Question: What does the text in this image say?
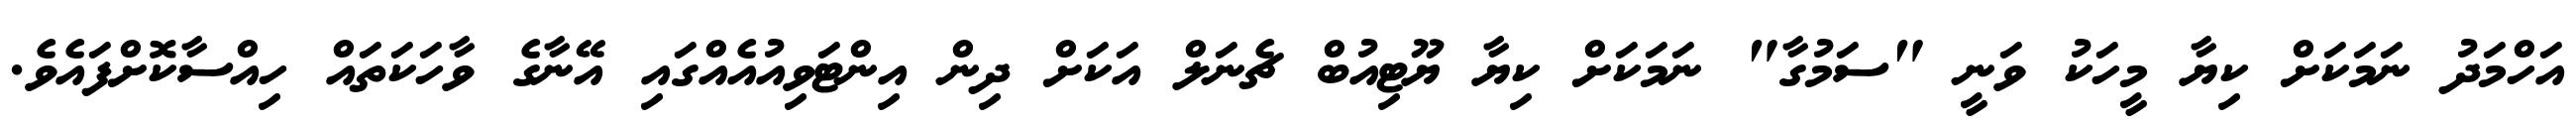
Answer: އަހްމަދު ނަމަކަށް ކިޔާ މީހަކު ވަނީ "ސަމުގާ" ނަމަކަށް ކިޔާ ޔޫޓިއުބް ޗެނަލް އަކަށް ދިން އިންޓަވިއުއެއްގައި އޭނާގެ ވާހަކަތައް ހިއްސާކޮށްފައެވެ.